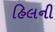
હિલની